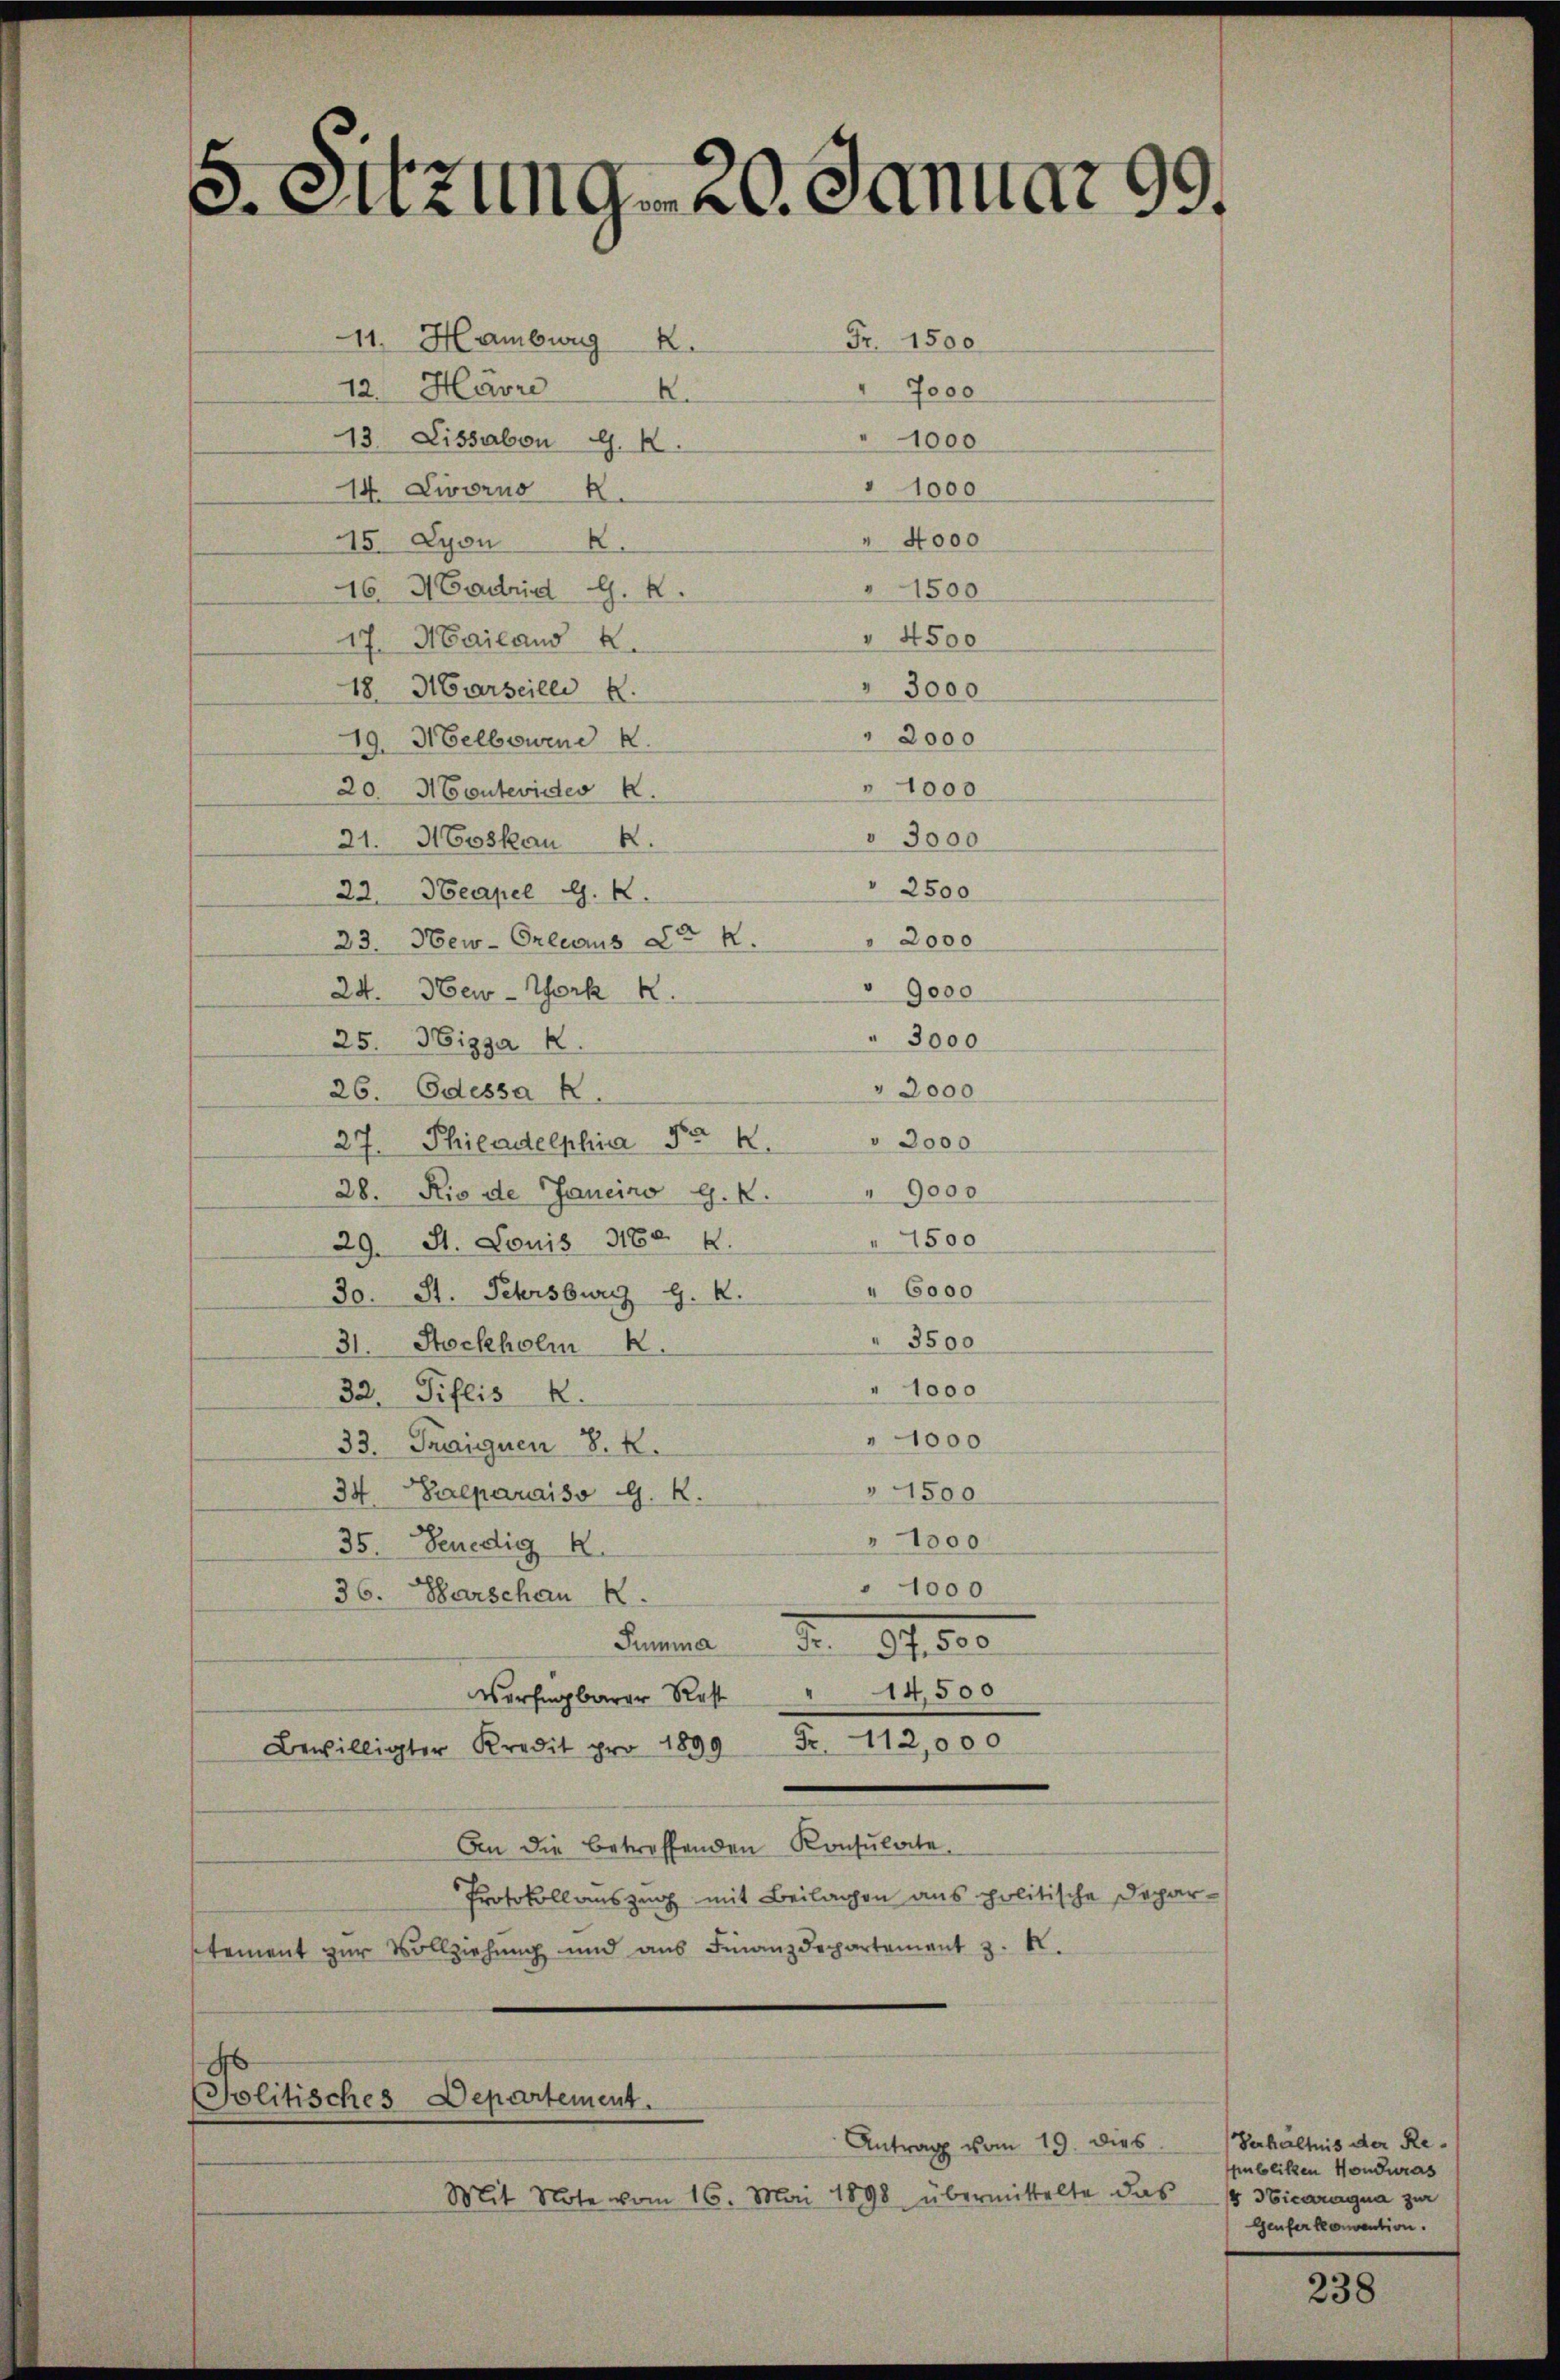
5. Sitzung - 20. Januar 99.

Fr. 1500
11. Hambwug 2.
12. Harre 2
7000
1000
13. Lissabon G. K.
" 1000
14. Livorno 2.
" 4000
15. Lyon
16. Madrid G. K.
" 1500
" 4500
17. Mailand 2.
18. Marseilli 2.
" 3000
" 2000
19. Melbowen
" 1000
20. Montevides k.
 3000
21. Moskau 2.
2500
22. Neapel G. K.
 2000
23. New-Orleaus 23 R.
24. New-York
9000
3000
25. Nizza
" 3000
26. Odessa R.
27. Philadelphia Nr K. " 3000
28. Rio de Janeiro G. K. " 9000
1500
29. St. Louis 1188. 8.
" 6000
30. St. Petersburg G. K.
3500
31. Stockholm
" 1000
32. Tiflis R.
1000
33. Traiguen 8. K.
4500
34. Deparaiso G. K.
" 1000
35. Benedig R.
" 1000
36. Barschau 2.
Summe S. 14,800
14,500
“
Verfügbarer Rest
Bewilligter Kredit pro 1899 Fr. 112,000
An die betreffenden Konsulate.
Protokollauszug mit Beilagen aus politische Depar-
stement zur Vollziehung und ans Finanzdepartement 3. 4.

Politisches Departement.
Antrag vom 19. dies

Mit Note vom 16. Mai 1898 übermittelte das

Verhältnis der Re¬
Emboliken Konduras
 Hicaragua zur
Genfer konvention.

238